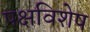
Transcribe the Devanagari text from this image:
पक्षविशेष